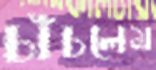
চাঁচলেম